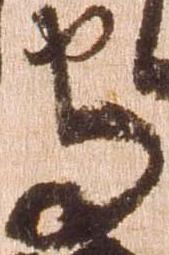
守